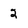
Character: 2